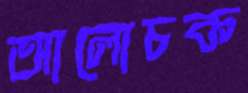
আলোচক